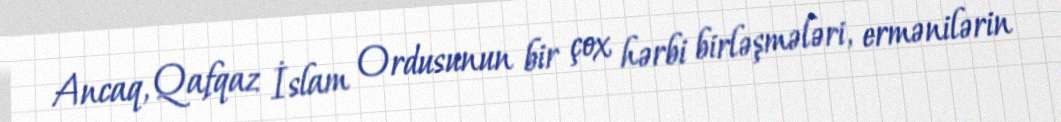
Ancaq, Qafqaz İslam Ordusunun bir çox hərbi birləşmələri, ermənilərin